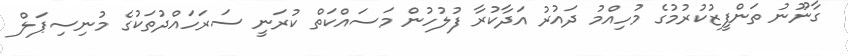
ގާނޫނު ތަންފީޒުކުރުމުގެ މުހިއްމު ދައުރު އަދާކުރާ ފުލުހުން މަސައްކަތް ކުރަނީ ސަރަހައްދުތަކުގެ މުނިސިޕަލް